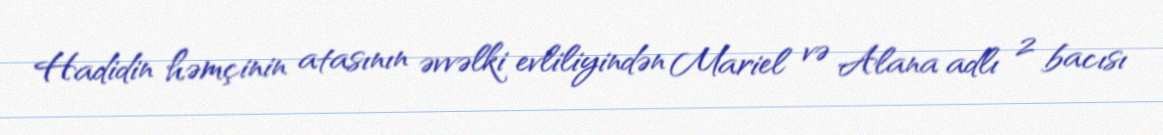
Hadidin həmçinin atasının əvvəlki evliliyindən Mariel və Alana adlı 2 bacısı